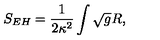
S _ { E H } = \frac { 1 } { 2 \kappa ^ { 2 } } \int \sqrt { g } R ,